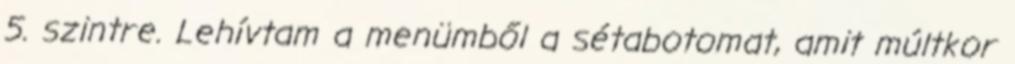
5. szintre. Lehívtam a menümből a sétabotomat, amit múltkor